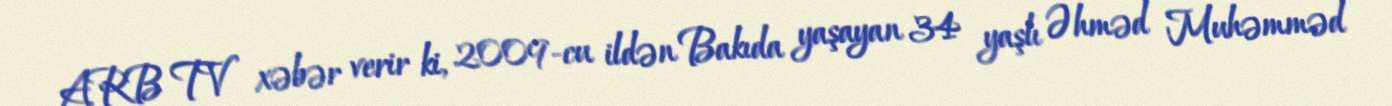
ARB TV xəbər verir ki, 2009-cu ildən Bakıda yaşayan 34 yaşlı Əhməd Muhəmməd